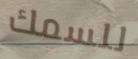
للسمك